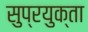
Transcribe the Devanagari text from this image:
सुप्रयुक्ता